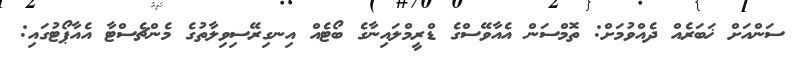
ސަންއަށް ޚަބަރެއް ދެއްވުމަށް: ތޮމްސަން އެއާވޭސްގެ ޑްރީމްލައިނާގެ ބޯޓެއް އިނގިރޭސިވިލާތުގެ މެންޗެސްޓާ އެއާޕޯޓުގައި: